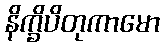
နိက္ခိပိတုကာမော